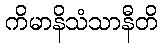
ကိမာနိသံသာနီတိ